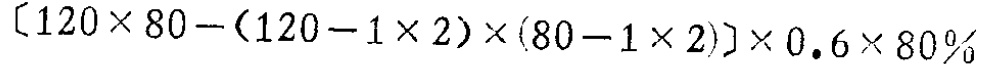
\[ [120\times 80-(120 - 1\times 2)\times(80 - 1\times 2)]\times 0.6\times 80\% \]